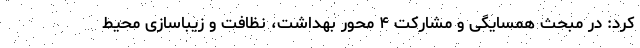
کرد: در مبحث همسایگی و مشارکت ۴ محور بهداشت، نظافت و زیباسازی محیط